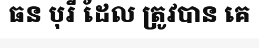
ធន បុរី ដែល ត្រូវបាន គេ